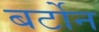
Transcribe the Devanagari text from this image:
बर्टोन